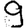
Digit: 9